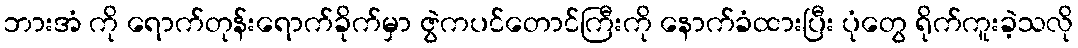
ဘားအံ ကို ရောက်တုန်းရောက်ခိုက်မှာ ဇွဲကပင်တောင်ကြီးကို နောက်ခံထားပြီး ပုံတွေ ရိုက်ကူးခဲ့သလို